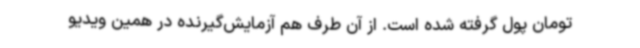
تومان پول گرفته شده است. از آن طرف هم آزمایش‌گیرنده در همین ویدیو